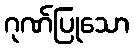
ဂုဏ်ပြုသော